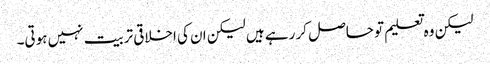
لیکن وہ تعلیم تو حاصل کر رہے ہیں لیکن ان کی اخلاقی تربیت نہیں ہوتی۔